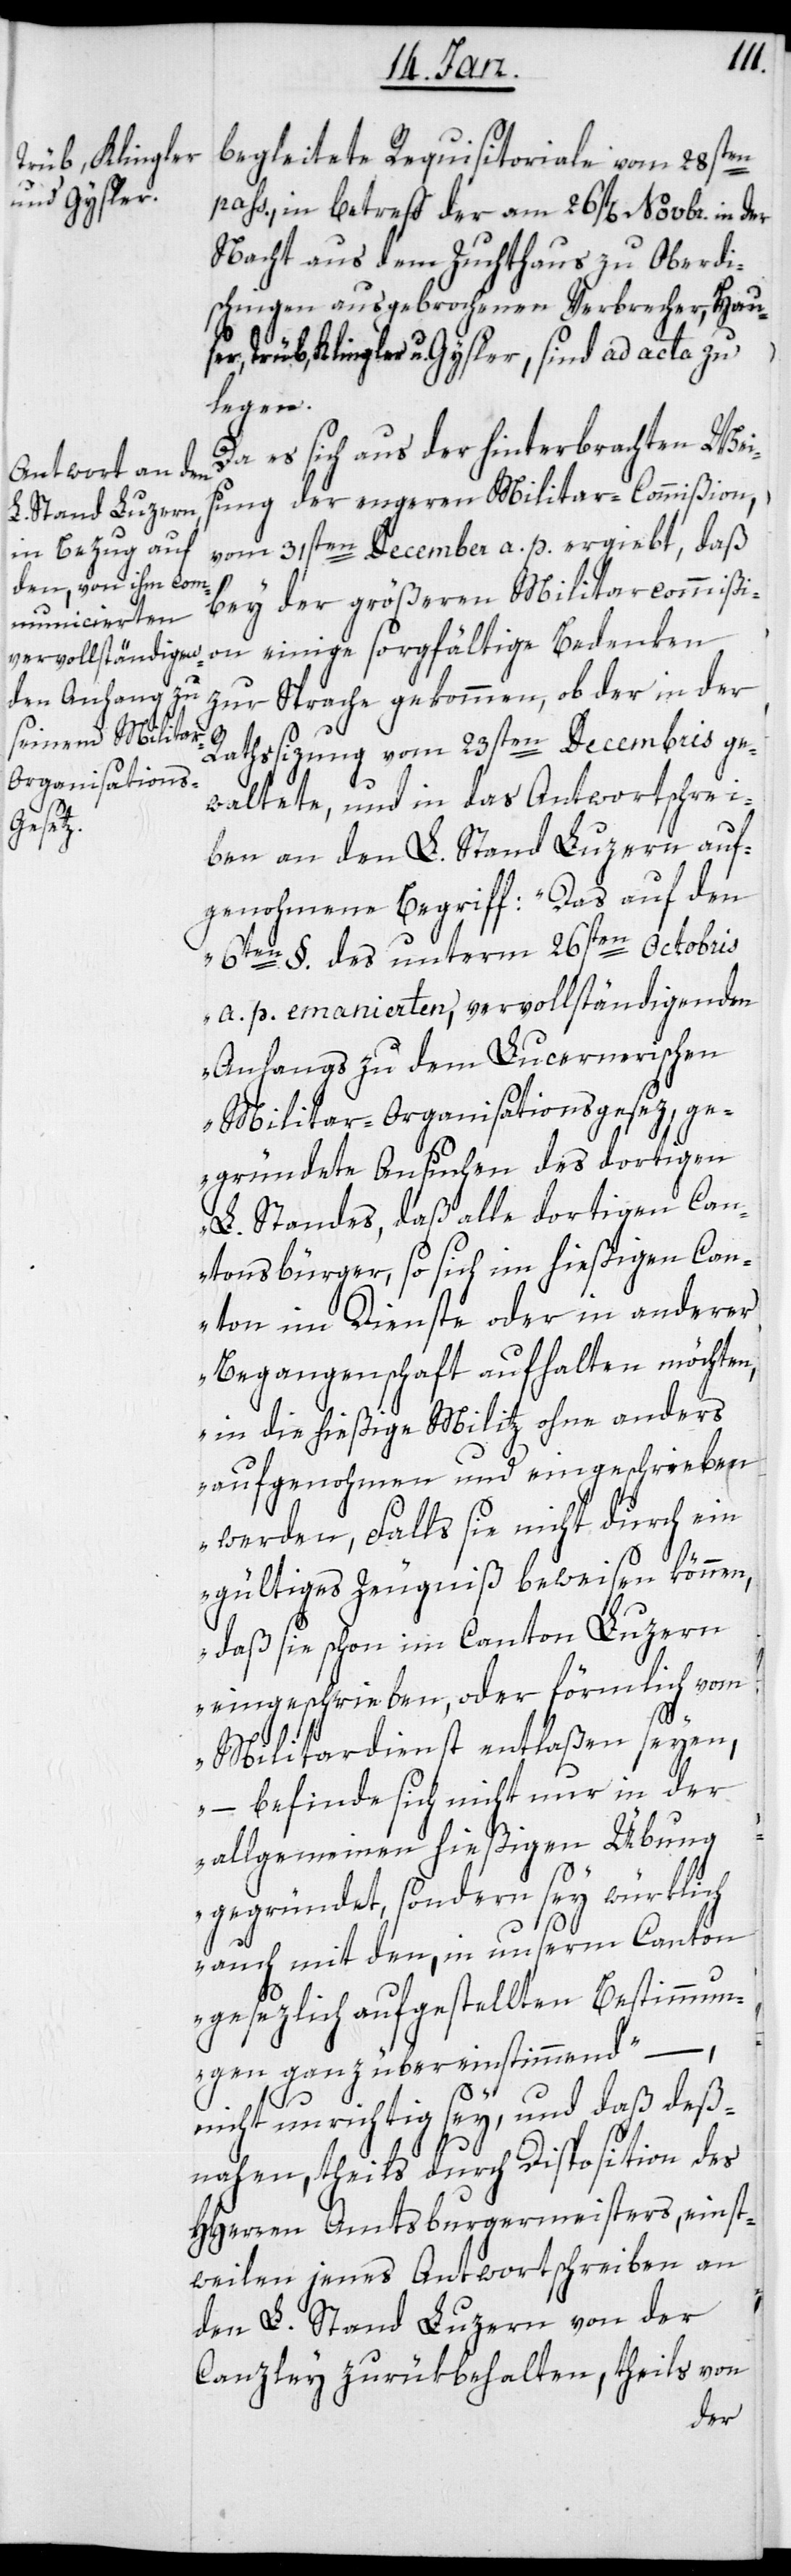
begleitete Requisitoriale vom 28sten
pass., in betreff der am 26st[en] Novbr. in der
Nacht aus dem Zuchthaus zu Oberdi¬
schingen ausgebrochenen Verbrecher, Hau¬
ser, Trüb, Klingler u. Gysler, sind ad acta zu
ken
Da es sich aus der hinterbrachten Wei¬
sung der engeren Militar-Commißion,
vom 31sten December a. p. ergiebt, daß
bey der größeren Militarcommißion
zur Sprache gekommen, ob der in der
Rathssizung vom 23sten Decembris ge¬
waltete, und in das Antwortschrei¬
ben an den L. Stand Luzern auf¬
genohmenen Begriff: „Das auf den
6ten §. des unterm 26sten Octobris
a. p. emanierten, vervollständigenden
Anhangs zu dem Lucernerischen
Militar-Organisationsgesez, ge¬
gründete Ansuchen des dortigen
L. Standes, daß alle dortigen Can¬
tonsbürger, so sich im hießigen Can¬
ton im Dienste oder in anderer
Begangenschaft aufhalten möchten,
in die hießige Militz ohne anders
aufgenohmen und eingeschrieben
werden, Falls sie nicht durch ein
gültiges Zeugniß beweisen können,
daß sie schon im Canton Luzern
eingeschrieben, oder förmlich vom
Militardienst entlaßen seyen,
– befinde sich nicht nur in der
allgemeinen hießigen Übung
gegründet, sondern sey würklich
auch mit den, in unserm Canton
gesezlich aufgestellten Bestimmun¬
gen ganz übereinstimmend“,
nicht unrichtig sey, und daß deß¬
nahen, theils durch Disposition des
HHerren Amtsburgermeisters, einst¬
weilen jenes Antwortschreiben an
den L. Stand Luzern von der
Canzley zurükbehalten, theils von